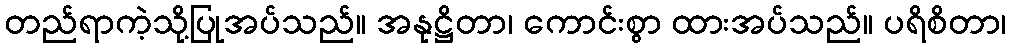
တည်ရာကဲ့သို့ပြုအပ်သည်။ အနုဋ္ဌိတာ၊ ကောင်းစွာ ထားအပ်သည်။ ပရိစိတာ၊